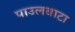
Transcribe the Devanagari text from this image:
पाउलवाटा